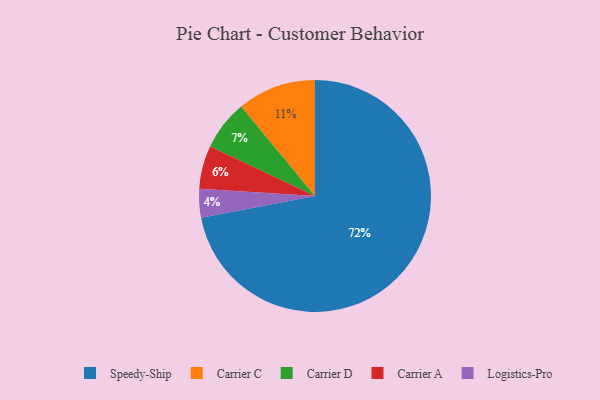
{"axis": {"x": "Category", "y": "Percentage"}, "legend": ["Carrier A", "Carrier C", "Carrier D", "Logistics-Pro", "Speedy-Ship"], "data": [{"x": "Carrier D", "y": 7, "type": "Carrier D"}, {"x": "Speedy-Ship", "y": 72, "type": "Speedy-Ship"}, {"x": "Carrier A", "y": 6, "type": "Carrier A"}, {"x": "Carrier C", "y": 11, "type": "Carrier C"}, {"x": "Logistics-Pro", "y": 4, "type": "Logistics-Pro"}]}